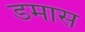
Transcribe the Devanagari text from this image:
डमास